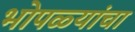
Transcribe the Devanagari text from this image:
भोपळ्यांचा